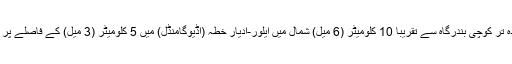
ان میں زیادہ تر کوچی بندرگاہ سے تقریبا 10 کلومیٹر (6 میل) شمال میں ایلور-ادیار خطہ (اُڈیوگامنڈل) میں 5 کلومیٹر (3 میل) کے فاصلے پر موجود ہیں۔